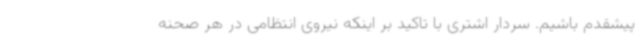
پیشقدم باشیم. سردار اشتری با تاکید بر اینکه نیروی انتظامی در هر صحنه